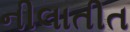
નીલાતીત